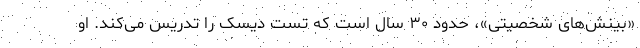
«بینش‌های شخصیتی»، حدود ۳۰ سال است که تست دیسک را تدریس می‌کند. او